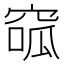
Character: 𥦫